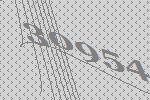
30954